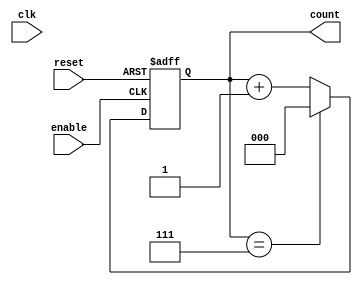
module mod_n_asynchronous_counter (
    input wire clk,        // Clock input (not used for asynchronous counting)
    input wire reset,      // Asynchronous reset signal
    input wire enable,     // Asynchronous enable signal
    output reg [2:0] count // 3-bit output for count (0 to 7)
);

// Counter logic
always @(posedge enable or posedge reset) begin
    if (reset) begin
        count <= 3'b000; // Reset count to 0
    end else begin
        if (count == 3'b111) begin // Check if count has reached 7 (Mod-8)
            count <= 3'b000; // Reset count to 0
        end else begin
            count <= count + 1; // Increment count
        end
    end
end

endmodule